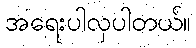
အရေးပါလှပါတယ်။